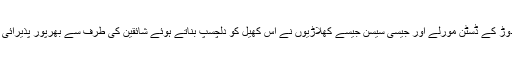
شتر مرغ دوڑ کے ڈسٹن مورلے اور جیسی سیسن جیسے کھلاڑیوں نے اس کھیل کو دلچسپ بناتے ہوئے شائقین کی طرف سے بھرپور پذیرائی حاصل کی۔